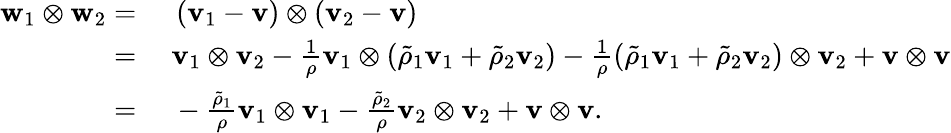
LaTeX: \begin{array}{rl}{\mathbf{w}_{1}\otimes\mathbf{w}_{2}=}&{~\left(\mathbf{v}_{1}-\mathbf{v}\right)\otimes\left(\mathbf{v}_{2}-\mathbf{v}\right)}\\ {=}&{~\mathbf{v}_{1}\otimes\mathbf{v}_{2}-\frac{1}{\rho}\mathbf{v}_{1}\otimes\left(\tilde{\rho}_{1}\mathbf{v}_{1}+\tilde{\rho}_{2}\mathbf{v}_{2}\right)-\frac{1}{\rho}\left(\tilde{\rho}_{1}\mathbf{v}_{1}+\tilde{\rho}_{2}\mathbf{v}_{2}\right)\otimes\mathbf{v}_{2}+\mathbf{v}\otimes\mathbf{v}}\\ {=}&{~-\frac{\tilde{\rho}_{1}}{\rho}\mathbf{v}_{1}\otimes\mathbf{v}_{1}-\frac{\tilde{\rho}_{2}}{\rho}\mathbf{v}_{2}\otimes\mathbf{v}_{2}+\mathbf{v}\otimes\mathbf{v}.}\end{array}